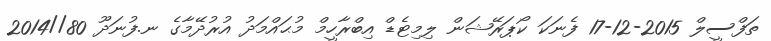
ތަފްސީލް 2015-12-17 ފެނަކަ ކޯޕަރޭޝަން ލިމިޓެޑް އިބްރާހީމް މުޙައްމަދު އުރުދޭމާގެ ނ.ފުނަދޫ 80//2014